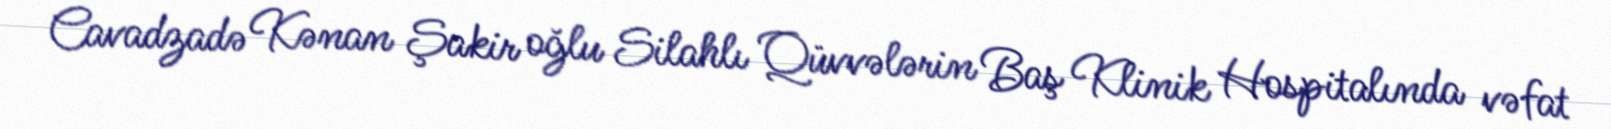
Cavadzadə Kənan Şakir oğlu Silahlı Qüvvələrin Baş Klinik Hospitalında vəfat